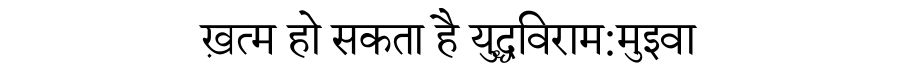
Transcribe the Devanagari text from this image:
ख़त्म हो सकता है युद्धविराम:मुइवा